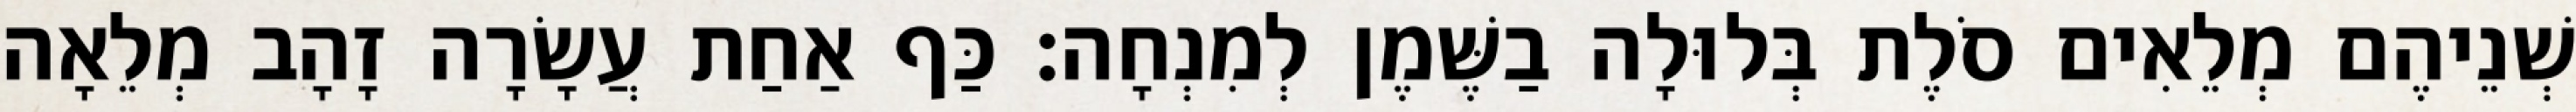
שְׁנֵיהֶם מְלֵאִים סֹלֶת בְּלוּלָה בַשֶּׁמֶן לְמִנְחָה׃ כַּף אַחַת עֲשָׂרָה זָהָב מְלֵאָה